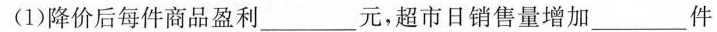
(1)降价后每件商品盈利___元，超市日销售量增加___件